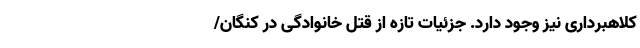
کلاهبرداری نیز وجود دارد. جزئیات تازه از قتل‌‌ خانوادگی در کنگان/